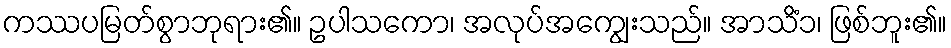
ကဿပမြတ်စွာဘုရား၏။ ဥပါသကော၊ အလုပ်အကျွေးသည်။ အာသိံ၁၊ ဖြစ်ဘူး၏။